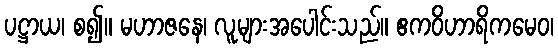
ပဋ္ဌာယ၊ စ၍။ မဟာဇနေ၊ လူများအပေါင်းသည်။ ဧကဝိဟာရိကမေဝ၊